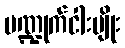
ပဏ္ဍုက်ငါးမျိုး